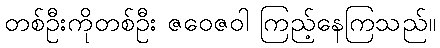
တစ်ဦးကိုတစ်ဦး ဇဝေဇဝါ ကြည့်နေကြသည်။